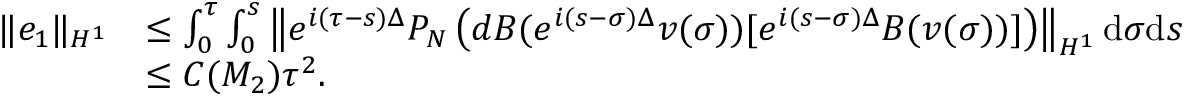
\begin{array} { r l } { \| e _ { 1 } \| _ { H ^ { 1 } } } & { \leq \int _ { 0 } ^ { \tau } \int _ { 0 } ^ { s } \left\| e ^ { i ( \tau - s ) \Delta } P _ { N } \left( d B ( e ^ { i ( s - \sigma ) \Delta } v ( \sigma ) ) [ e ^ { i ( s - \sigma ) \Delta } B ( v ( \sigma ) ) ] \right) \right\| _ { H ^ { 1 } } \mathrm { d } \sigma \mathrm { d } s } \\ & { \leq C ( M _ { 2 } ) \tau ^ { 2 } . } \end{array}